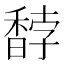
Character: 馞